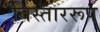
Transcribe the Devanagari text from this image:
विस्ताररूप